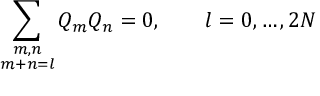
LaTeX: \sum _ { \stackrel { \scriptstyle m , n } { m + n = l } } Q _ { m } Q _ { n } = 0 , \qquad l = 0 , \ldots , 2 N